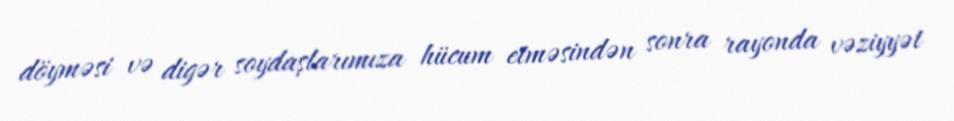
döyməsi və digər soydaşlarımıza hücum etməsindən sonra rayonda vəziyyət